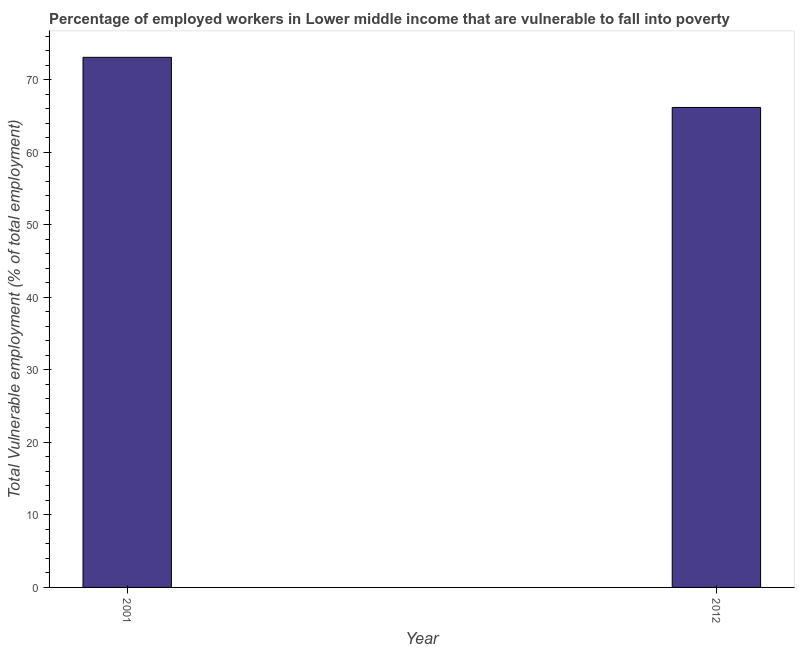
| Year | Vulnerable employment |
 | --- | --- |
 | 2001 | 73.1 |
 | 2012 | 66.2 |